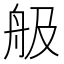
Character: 䑥